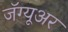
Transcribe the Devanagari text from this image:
जॅग्यूअर